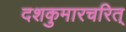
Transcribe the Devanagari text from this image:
दशकुमारचरित्‌